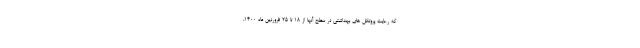
که رعایت پروتکل های بهداشتی در سطح آنها از ۱۸ تا ۲۵ فروردین ماه ۱۴۰۰،